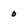
Character: o